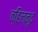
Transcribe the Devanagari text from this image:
व्हिल्नूव